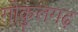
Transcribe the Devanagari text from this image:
गोकुलगढ़